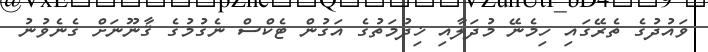
ވައުދުގެ ތެރޭގައި ހިމެނޭ މުދަލާއި ޚިދުމަތުގެ އަގުން ޓެކްސް ނެގުމުގެ ޤާނޫނަށް ގެނެވުނު